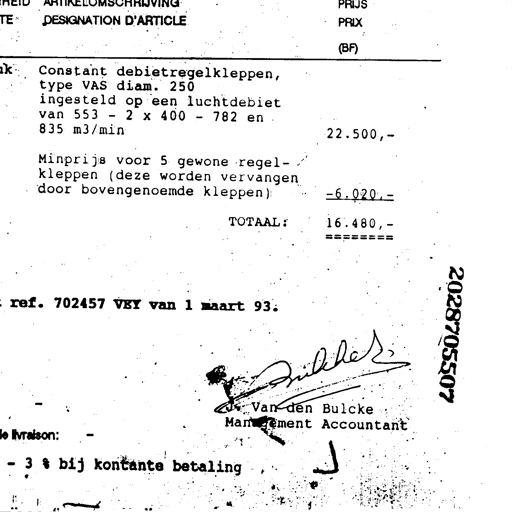
ARTIKELOMSCHRIJVING
DESIGNATION D'ARTICLE
PRIJS
PRIX
(BF)
Constant debietregelkleppen,
type VAS diam. 250
ingesteld op een luchtdebiet
van 553 - 2 x 400 - 782 en
835 m3/min
22.500,-
Minprijs voor 5 gewone regel-
kleppen (deze worden vervangen
door bovengenoemde kleppen)
-6.020,-
TOTAAL:
16.480,-
========
ref. 702457 VEY van 1 maart 93.
2028705507
Bulcke
Van den Bulcke
Management Accountant
Ivraison:
- 3 % bij kontante betaling